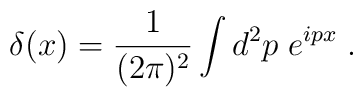
\delta(x) = \frac{1}{(2\pi)^2} \int d^2p \; e^{ipx} \; .